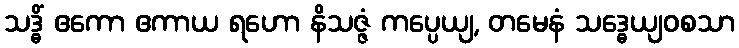
သဒ္ဓိံ ဧကော ဧကာယ ရဟော နိသဇ္ဇံ ကပ္ပေယျ, တမေနံ သဒ္ဓေယျဝစသာ